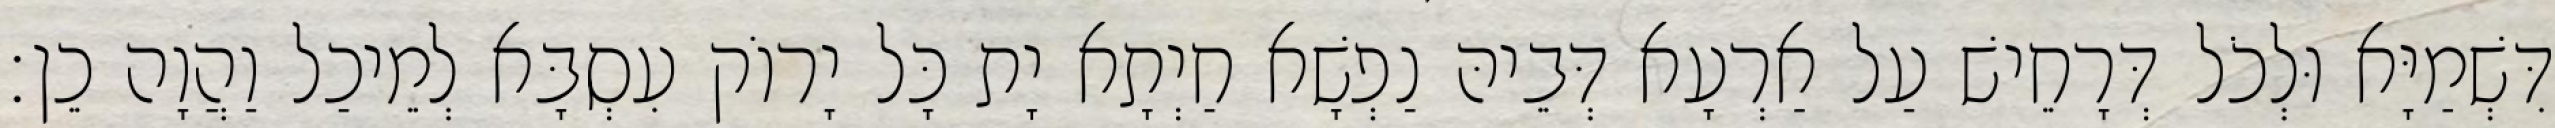
דִּשְׁמַיָּא וּלְכֹל דְּרָחֵישׁ עַל אַרְעָא דְּבֵיהּ נַפְשָׁא חַיְתָא יָת כָּל יָרוֹק עִסְבָּא לְמֵיכַל וַהֲוָה כֵן׃